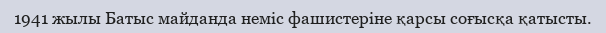
1941 жылы Батыс майданда неміс фашистеріне қарсы соғысқа қатысты.